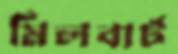
মিলবার্ট